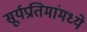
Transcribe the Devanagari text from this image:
सूर्यप्रतिमांमध्ये